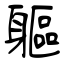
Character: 軀